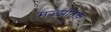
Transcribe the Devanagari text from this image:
मज्झंतिक